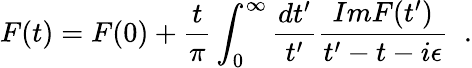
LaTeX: F(t)=F(0)+{\frac{t}{\pi}}\int_{0}^{\infty}{\frac{dt^{\prime}}{t^{\prime}}}{\frac{ImF(t^{\prime})}{t^{\prime}-t-i\epsilon}}\; \; .